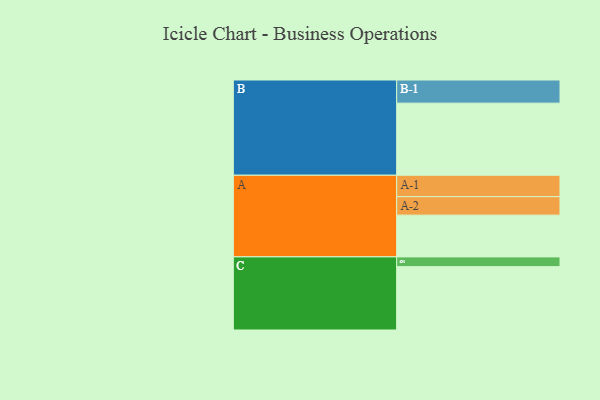
{"axis": {"x": "Segment", "y": "Value"}, "legend": ["", "A", "B", "C"], "data": [{"x": "A", "y": 334, "type": ""}, {"x": "B", "y": 577, "type": ""}, {"x": "C", "y": 507, "type": ""}, {"x": "A-1", "y": 171, "type": "A"}, {"x": "A-2", "y": 148, "type": "A"}, {"x": "B-1", "y": 185, "type": "B"}, {"x": "C-1", "y": 78, "type": "C"}]}